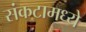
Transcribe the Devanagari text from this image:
संकटामध्ये